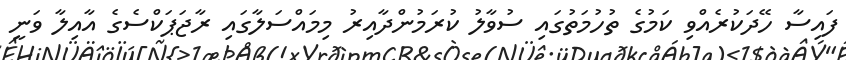
ފައިސާ ހޭދަކުރެއްވި ކަމުގެ ތުހުމަތުގައި ސުވާލު ކުރަމުންދާއިރު މިމައްސަލާގައި ރާޖަޕަކްސެގެ އާއިލާ ވަނީ